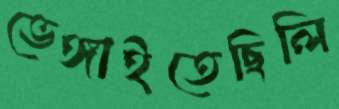
ভেঙ্গাইতেছিলি